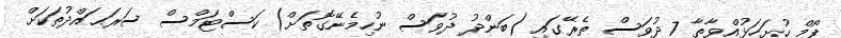
ފޯމް ހުށަހަޅުއްވާތާ 7 ދުވަސް ތެރޭގައި (ބަންދު ދުވަސް ނުހިމެނޭގޮތަށް) ކަސްޓަމްސް ސަރަޙައްދުތަކަށް